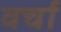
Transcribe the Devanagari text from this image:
वर्चा